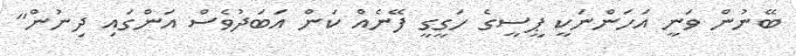
ބޭނުން ވަނީ އަހަންނަކީ ޕީސީގެ ހަގީގީ ފޭނެއް ކަން އަބަދުވެސް އަންގައި ދިނުން"